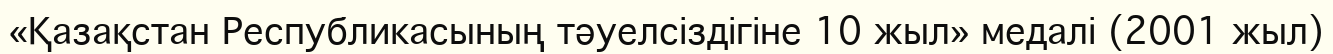
«Қазақстан Республикасының тәуелсіздігіне 10 жыл» медалі (2001 жыл)